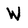
Character: W